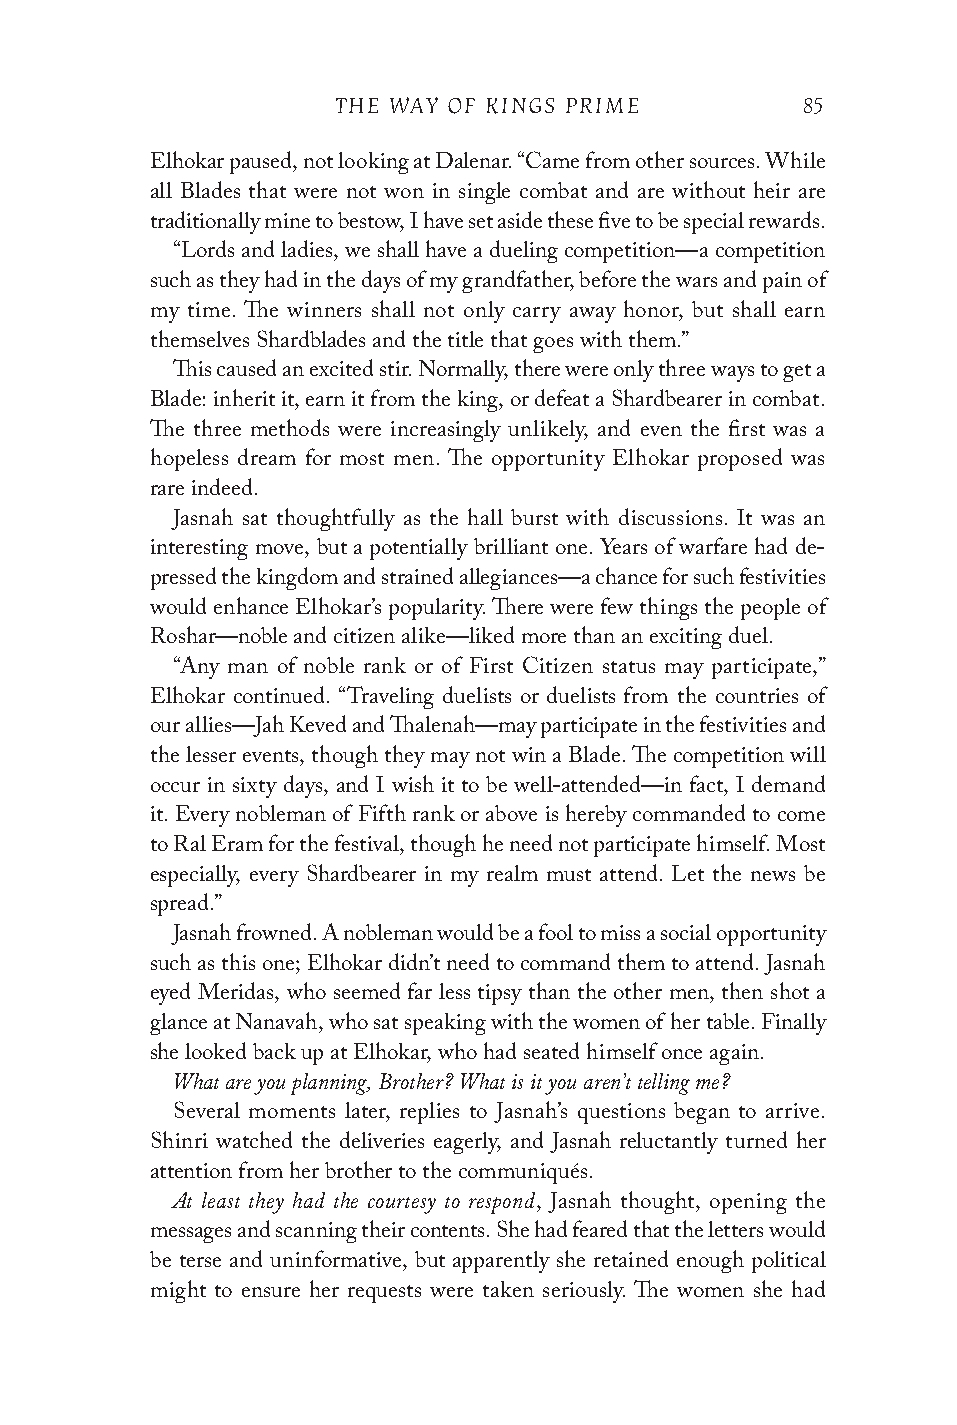
THE WAY OF KINGS PRIME         85
 Elhokar paused, not looking at Dalenar. “Came from other sources. While
 all Blades that were not won in single combat and are without heir are
 traditionally mine to bestow, I have set aside these five to be special rewards.
 “Lords and ladies, we shall have a dueling competition—a competition
 such as they had in the days of my grandfather, before the wars and pain of
 my time. The winners shall not only carry away honor, but shall earn
 themselves Shardblades and the title that goes with them.”
 This caused an excited stir. Normally, there were only three ways to get a
 Blade: inherit it, earn it from the king, or defeat a Shardbearer in combat.
 The three methods were increasingly unlikely, and even the first was a
 hopeless dream for most men. The opportunity Elhokar proposed was
 rare indeed.
 Jasnah sat thoughtfully as the hall burst with discussions. It was an
 interesting move, but a potentially brilliant one. Years of warfare had de-
 pressed the kingdom and strained allegiances—a chance for such festivities
 would enhance Elhokar’s popularity. There were few things the people of
 Roshar—noble and citizen alike—liked more than an exciting duel.
 “Any man of noble rank or of First Citizen status may participate,”
 Elhokar continued. “Traveling duelists or duelists from the countries of
 our allies—Jah Keved and Thalenah—may participate in the festivities and
 the lesser events, though they may not win a Blade. The competition will
 occur in sixty days, and I wish it to be well-attended—in fact, I demand
 it. Every nobleman of Fifth rank or above is hereby commanded to come
 to Ral Eram for the festival, though he need not participate himself. Most
 especially, every Shardbearer in my realm must attend. Let the news be
 spread.”
 Jasnah frowned. A nobleman would be a fool to miss a social opportunity
 such as this one; Elhokar didn’t need to command them to attend. Jasnah
 eyed Meridas, who seemed far less tipsy than the other men, then shot a
 glance at Nanavah, who sat speaking with the women of her table. Finally
 she looked back up at Elhokar, who had seated himself once again.
 What are you planning, Brother? What is it you aren’t telling me?
 Several moments later, replies to Jasnah’s questions began to arrive.
 Shinri watched the deliveries eagerly, and Jasnah reluctantly turned her
 attention from her brother to the communiqués.
 At least they had the courtesy to respond
 , Jasnah thought, opening the
 messages and scanning their contents. She had feared that the letters would
 be terse and uninformative, but apparently she retained enough political
 might to ensure her requests were taken seriously. The women she had